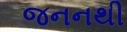
જનનથી